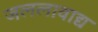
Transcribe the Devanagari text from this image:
जललावाद्य